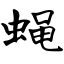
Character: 蝇